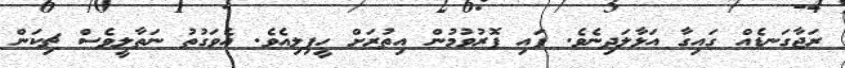
ރަޖާގަނޑެއް ގައިގާ އަޅާލަދިނެވެ. ފައި ފޮރުވުމުން އިތުރަށް ހީފިލިއެވެ. އެވަގުތު ނަތާލީވެސް ޗިކަން